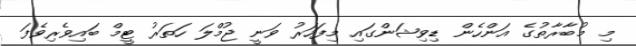
މި މުބާރާތުގެ އަންހެން ޑިވިޝަންގައި މިފަހަރު ވަނީ ޖުމްލަ ހަތަރު ޓީމް ބައިވެރިވެފަ